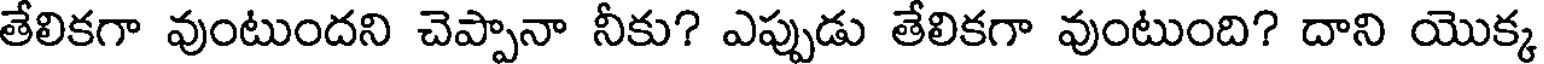
తేలికగా వుంటుందని చెప్పానా నీకు? ఎప్పుడు తేలికగా వుంటుంది? దాని యొక్క